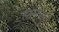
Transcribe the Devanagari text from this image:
हार्नन